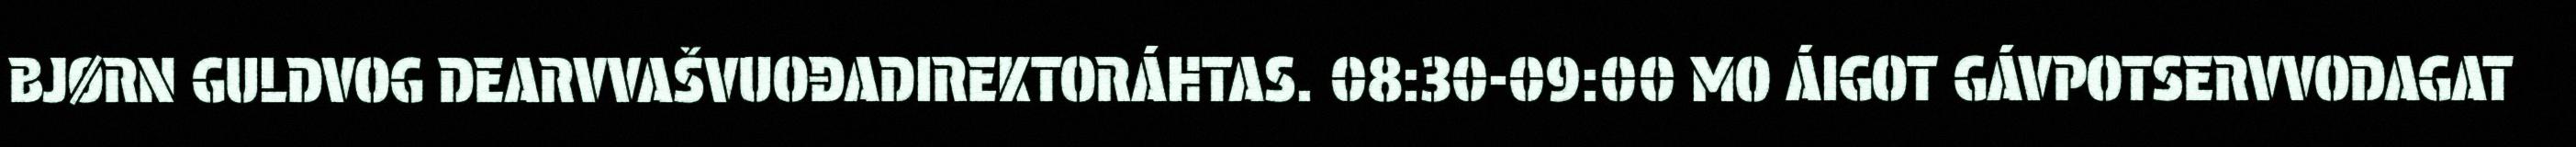
BJØRN GULDVOG DEARVVAŠVUOĐADIREKTORÁHTAS. 08:30-09:00 MO ÁIGOT GÁVPOTSERVVODAGAT